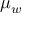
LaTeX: { \mu } _ { w }